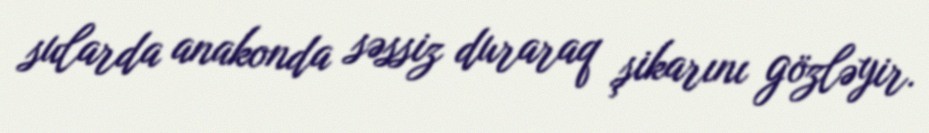
sularda anakonda səssiz duraraq şikarını gözləyir.